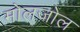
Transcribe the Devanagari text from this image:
मोलजोल